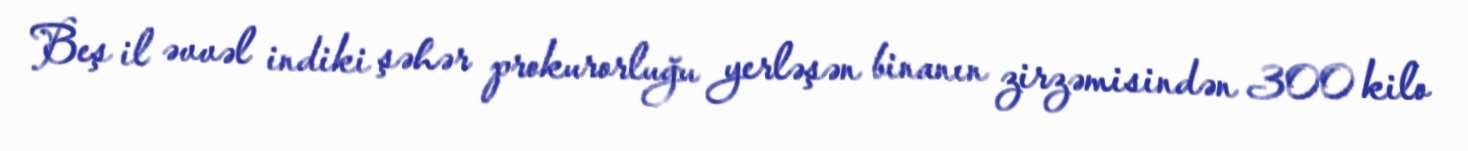
Beş il əvvəl indiki şəhər prokurorluğu yerləşən binanın zirzəmisindən 300 kilo